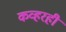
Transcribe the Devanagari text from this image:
कव्हरही